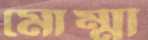
মোম্মা